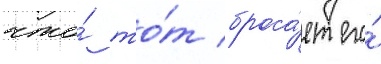
что́ то́т броса́ет его́